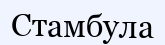
Стамбула